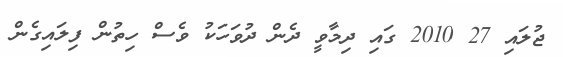
ޖުލައި 27 2010 ގައި ދިމާވީ ދެން ދުވަހަކު ވެސް ހިތުން ފިލައިގެން